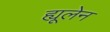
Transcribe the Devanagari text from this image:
ह्यूलेन